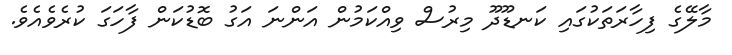
މާލޭގެ ފިހާރަތަކުގައި ކަނޑޫދޫ މިރުސް ވިއްކަމުން އަންނަ އަގު ބޮޑުކަން ފާހަގަ ކުރެވެއެވެ.